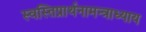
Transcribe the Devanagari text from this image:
स्वस्तिप्रार्थनामन्त्राध्याय